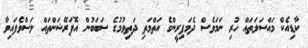
ކާޑިއެކް މައްސަލަތައް ހުރި ނަމަވެސް ދެމަފިރީންގެ އަތްމަތި ދަތިވުމުގެ ސަބަބުން އޮޕަރޭޝަންތައް ލަސްވެފައިވާ